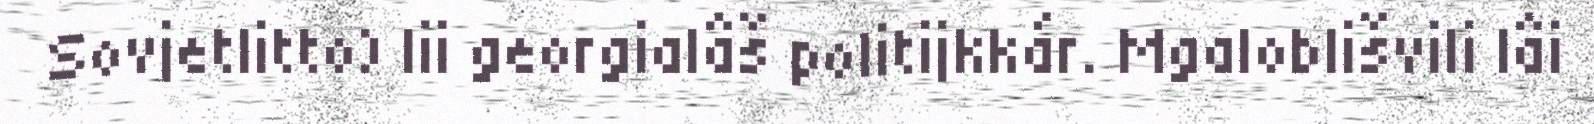
Sovjetlitto) lii georgialâš politijkkár. Mgaloblišvili lâi